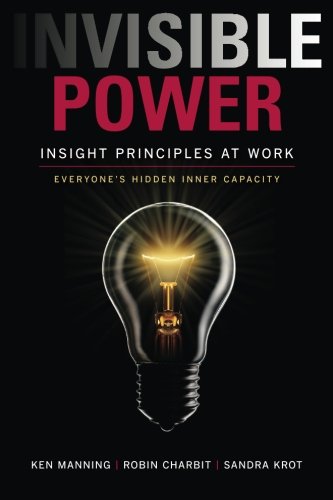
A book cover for Invisible Power: Insight Principles at Work; Dr. Ken Manning; Business & Money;